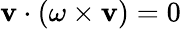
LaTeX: {\mathbf{v}}\cdot(\omega\times{\mathbf{v}})=0